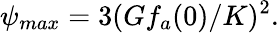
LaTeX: \psi_{max}=3(Gf_{a}(0)/K)^{2}.